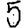
Digit: 5